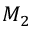
M _ { 2 }